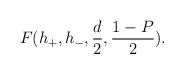
LaTeX: \begin{align*}F(h_+,h_-,\frac{d}{2},\frac{1-P}{2}).\end{align*}